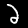
Digit: 2